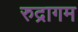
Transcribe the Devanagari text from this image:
रुद्रागम